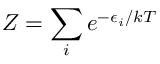
Z = \sum _ { i } e ^ { - \epsilon _ { i } / k T }